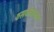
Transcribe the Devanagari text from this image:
ठसकेबाजच